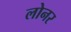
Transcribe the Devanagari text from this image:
लोनर